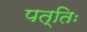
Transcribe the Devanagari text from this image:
पत्तिः